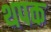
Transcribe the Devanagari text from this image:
थपक